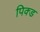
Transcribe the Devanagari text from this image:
पिक्ड